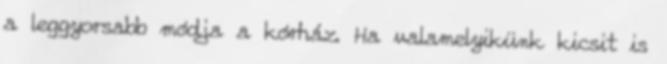
a leggyorsabb módja a kórház. Ha valamelyikünk kicsit is